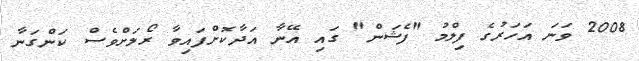
2008 ވަނަ އަހަރުގެ ފިލްމު "ފެޝަން" ގައި އޭނާ އަދާކޮށްފައިވާ ރޯލަށްވެސް ކަންގަނާ